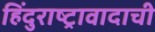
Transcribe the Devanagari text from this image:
हिंदुराष्ट्रावादाची